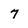
Character: 7